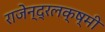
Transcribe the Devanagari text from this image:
राजेन्द्रलक्ष्मी